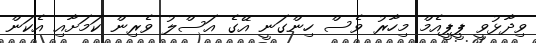
ވިދާޅުވީ ޕީޕީއެމް މިހާރު ވެސް ހިންގަނީ އޭގެ އަސްލު ވެރިން ކަމަށާއި އެކަން